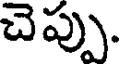
చెప్పు.